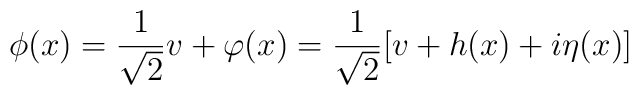
\phi(x)={1\over \sqrt 2} v + \varphi(x) = {1\over \sqrt 2}[ v + h(x) + i\eta(x)]